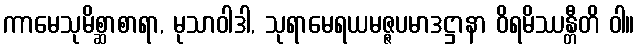
ကာမေသုမိစ္ဆာစာရာ, မုသာဝါဒါ, သုရာမေရယမဇ္ဇပမာဒဋ္ဌာနာ ဝိရမိဿန္တီတိ ဝါ။